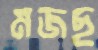
মজছ